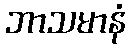
ဘာသမာနံ